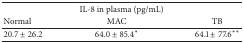
| <COLSPAN=3> IL-8 in plasma (pg/mL) |
 | Normal | MAC | TB |
 | --- | --- | --- |
 | 20.7 ± 26.2 | 64.0 ± 85.4* | 64.1 ± 77.6** |